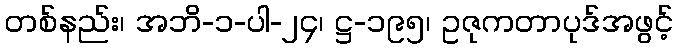
တစ်နည်း၊ အဘိ-၁-ပါ-၂၄၊ ဋ္ဌ-၁၉၅၊ ဥဇုကတာပုဒ်အဖွင့်